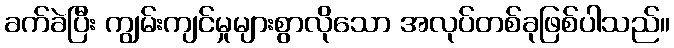
ခက်ခဲပြီး ကျွမ်းကျင်မှုများစွာလိုသော အလုပ်တစ်ခုဖြစ်ပါသည်။